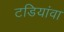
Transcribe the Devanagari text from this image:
टडियांवा